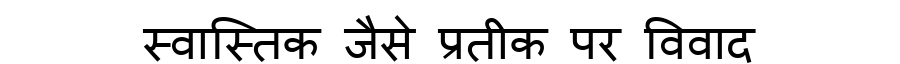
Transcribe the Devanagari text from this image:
स्वास्तिक जैसे प्रतीक पर विवाद